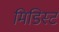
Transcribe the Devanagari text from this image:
मिडिस्ट